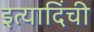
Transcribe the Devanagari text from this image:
इत्यादिंची